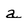
Character: a